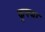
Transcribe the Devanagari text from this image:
कुफ्फा